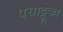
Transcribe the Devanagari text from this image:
पयाट्टूका